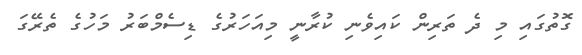
ގޮތުގައި މި ދެ ތަރިން ކައިވެނި ކުރާނީ މިއަހަރުގެ ޑިސެމްބަރު މަހުގެ ތެރޭގަ